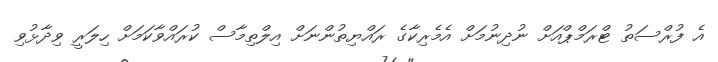
އެ ފުރްސަތު ޓްރަމްޕްއަށް ނުދިނުމަށް އެމެރިކާގެ ރައްޔިތުންނަށް އިލްތިމާސް ކުރައްވާކަމަށް ހިލަރީ ވިދާޅުވި